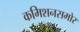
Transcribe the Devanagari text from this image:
कमिशनसमोर